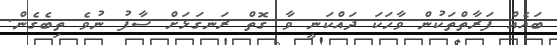
ބައެއް ފަރާތްތަކުން ވާހަކަ ދައްކަނީ ވާ ގޮތް ރަނގަޅަށް ސާފު ނުވެ ތިބެގެން.